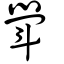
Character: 斚